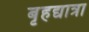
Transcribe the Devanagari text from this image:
बृहद्यात्रा